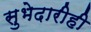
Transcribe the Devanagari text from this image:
सुभेदारीही